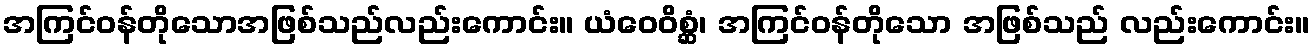
အကြင်ဝန်တိုသောအဖြစ်သည်လည်းကောင်း။ ယံဝေဝိစ္ဆံ၊ အကြင်ဝန်တိုသော အဖြစ်သည် လည်းကောင်း။